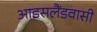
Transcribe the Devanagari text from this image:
आइसलैंडवासी